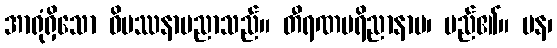
အာရုံရှိသော ဝိပဿနာပညာသည်။ တီရဏပရိညာနာမ၊ မည်၏။ ပန၊